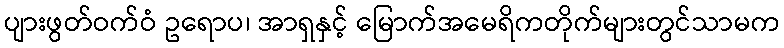
ပျားဖွတ်ဝက်ဝံ ဥရောပ၊ အာရှနှင့် မြောက်အမေရိကတိုက်များတွင်သာမက